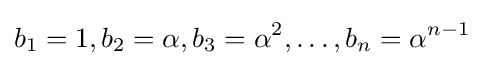
b_{1}=1,b_{2}=\alpha ,b_{3}=\alpha ^{2},\dots ,b_{n}=\alpha ^{n-1}